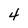
Character: 4